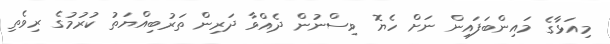
މިއަޅާގެ މައިންބަފައިން ނަށް ހެޔޮ ވިސްނުން ދެއްވާ ދަރިން ތަރުބިއްޔަތު ކުރުމުގެ ރިވެތި